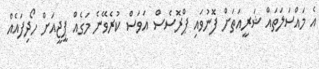
އެ މައްސަލަތައް ޝަރީއަތަށް ފޮނުވައި ޕްރޮސެސް އަވަސް ކުރެވޭނެ މަގެއް ޕީޖީއަށް ހޯދިފައެއް